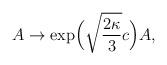
LaTeX: \begin{align*}A\to\exp\!\Big(\sqrt{\frac{2\kappa}{3}}c\Big)A,\end{align*}